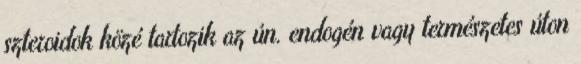
szteroidok közé tartozik az ún. endogén vagy természetes úton